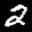
Label: 2